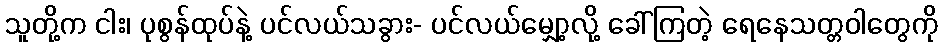
သူတို့က ငါး၊ ပုစွန်ထုပ်နဲ့ ပင်လယ်သခွား- ပင်လယ်မျှော့လို့ ခေါ်ကြတဲ့ ရေနေသတ္တဝါတွေကို